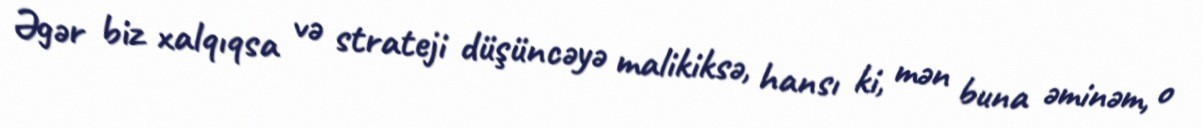
Əgər biz xalqıqsa və strateji düşüncəyə malikiksə, hansı ki, mən buna əminəm, o